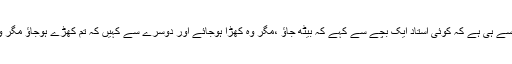
یہ تو بالکل ایسے ہی ہے کہ کوئی استاد ایک بچے سے کہے کہ بیٹھ جاؤ ،مگر وہ کھڑا ہوجائے اور دوسرے سے کہیں کہ تم کھڑے ہوجاؤ مگر وہ بیٹھ جائے۔